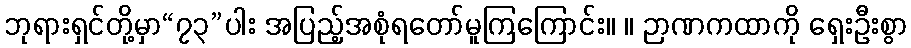
ဘုရားရှင်တို့မှာ“၇၃”ပါး အပြည့်အစုံရတော်မူကြကြောင်း။ ။ ဉာဏကထာကို ရှေးဦးစွာ